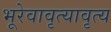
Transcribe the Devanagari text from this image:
भूरेवावृत्यावृत्य